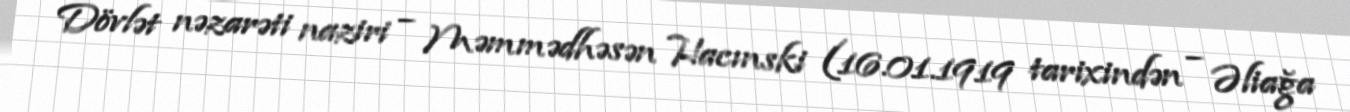
Dövlət nəzarəti naziri – Məmmədhəsən Hacınski (16.01.1919 tarixindən – Əliağa